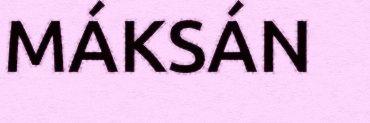
MÁKSÁN